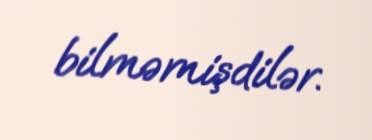
bilməmişdilər.